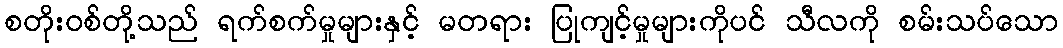
စတိုးဝစ်တို့သည် ရက်စက်မှုများနှင့် မတရား ပြုကျင့်မှုများကိုပင် သီလကို စမ်းသပ်သော